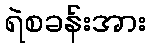
ရဲစခန်းအား